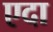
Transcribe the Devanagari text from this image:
एदा